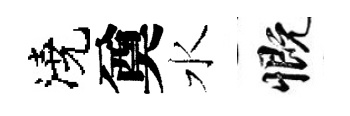
澆奠水慨